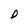
Character: D